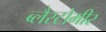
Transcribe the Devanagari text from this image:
ब्लैस्टोमीर